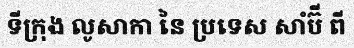
ទីក្រុង លូសាកា នៃ ប្រទេស សាំប៊ី ពី